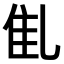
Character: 𠃲